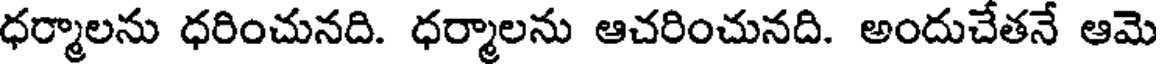
ధర్మాలను ధరించునది. ధర్మాలను ఆచరించునది. అందుచేతనే ఆమె